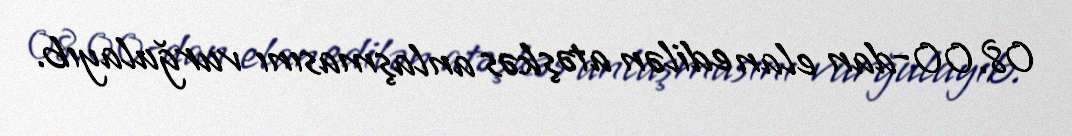
08.00-dan elan edilən atəşkəs anlaşmasını vurğulayıb.